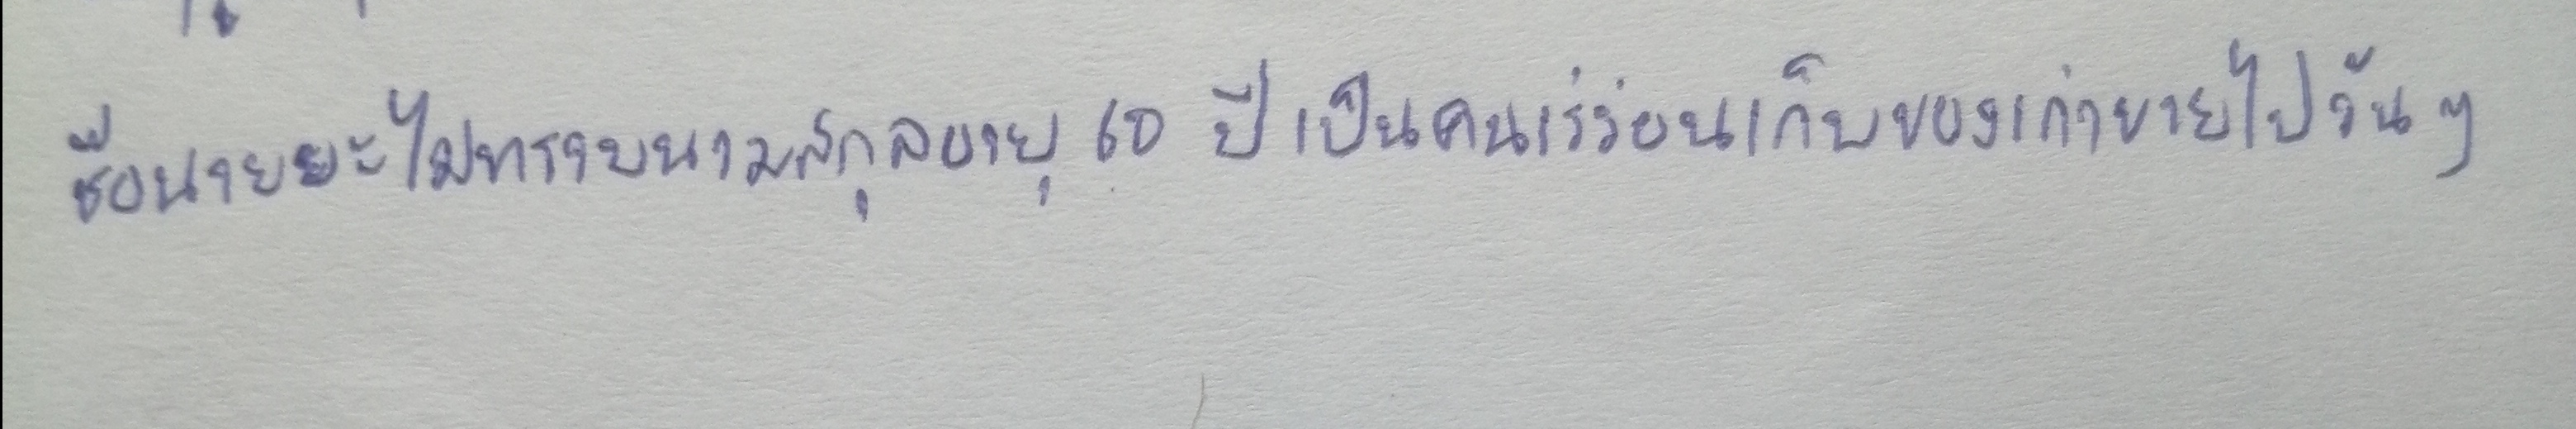
ชื่อนายยะไม่ทราบนามสกุลอายุ60ปีเป็นคนเร่ร่อนเก็บของเก่าขายไปวันๆ